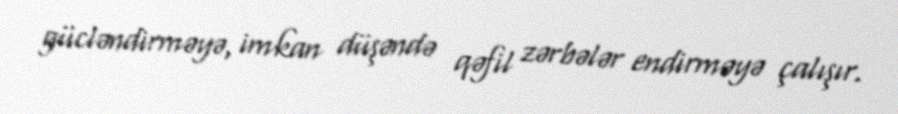
gücləndirməyə, imkan düşəndə qəfil zərbələr endirməyə çalışır.